NAE_ERA_R-46_Metsade_Keskvalitsus, lk 4
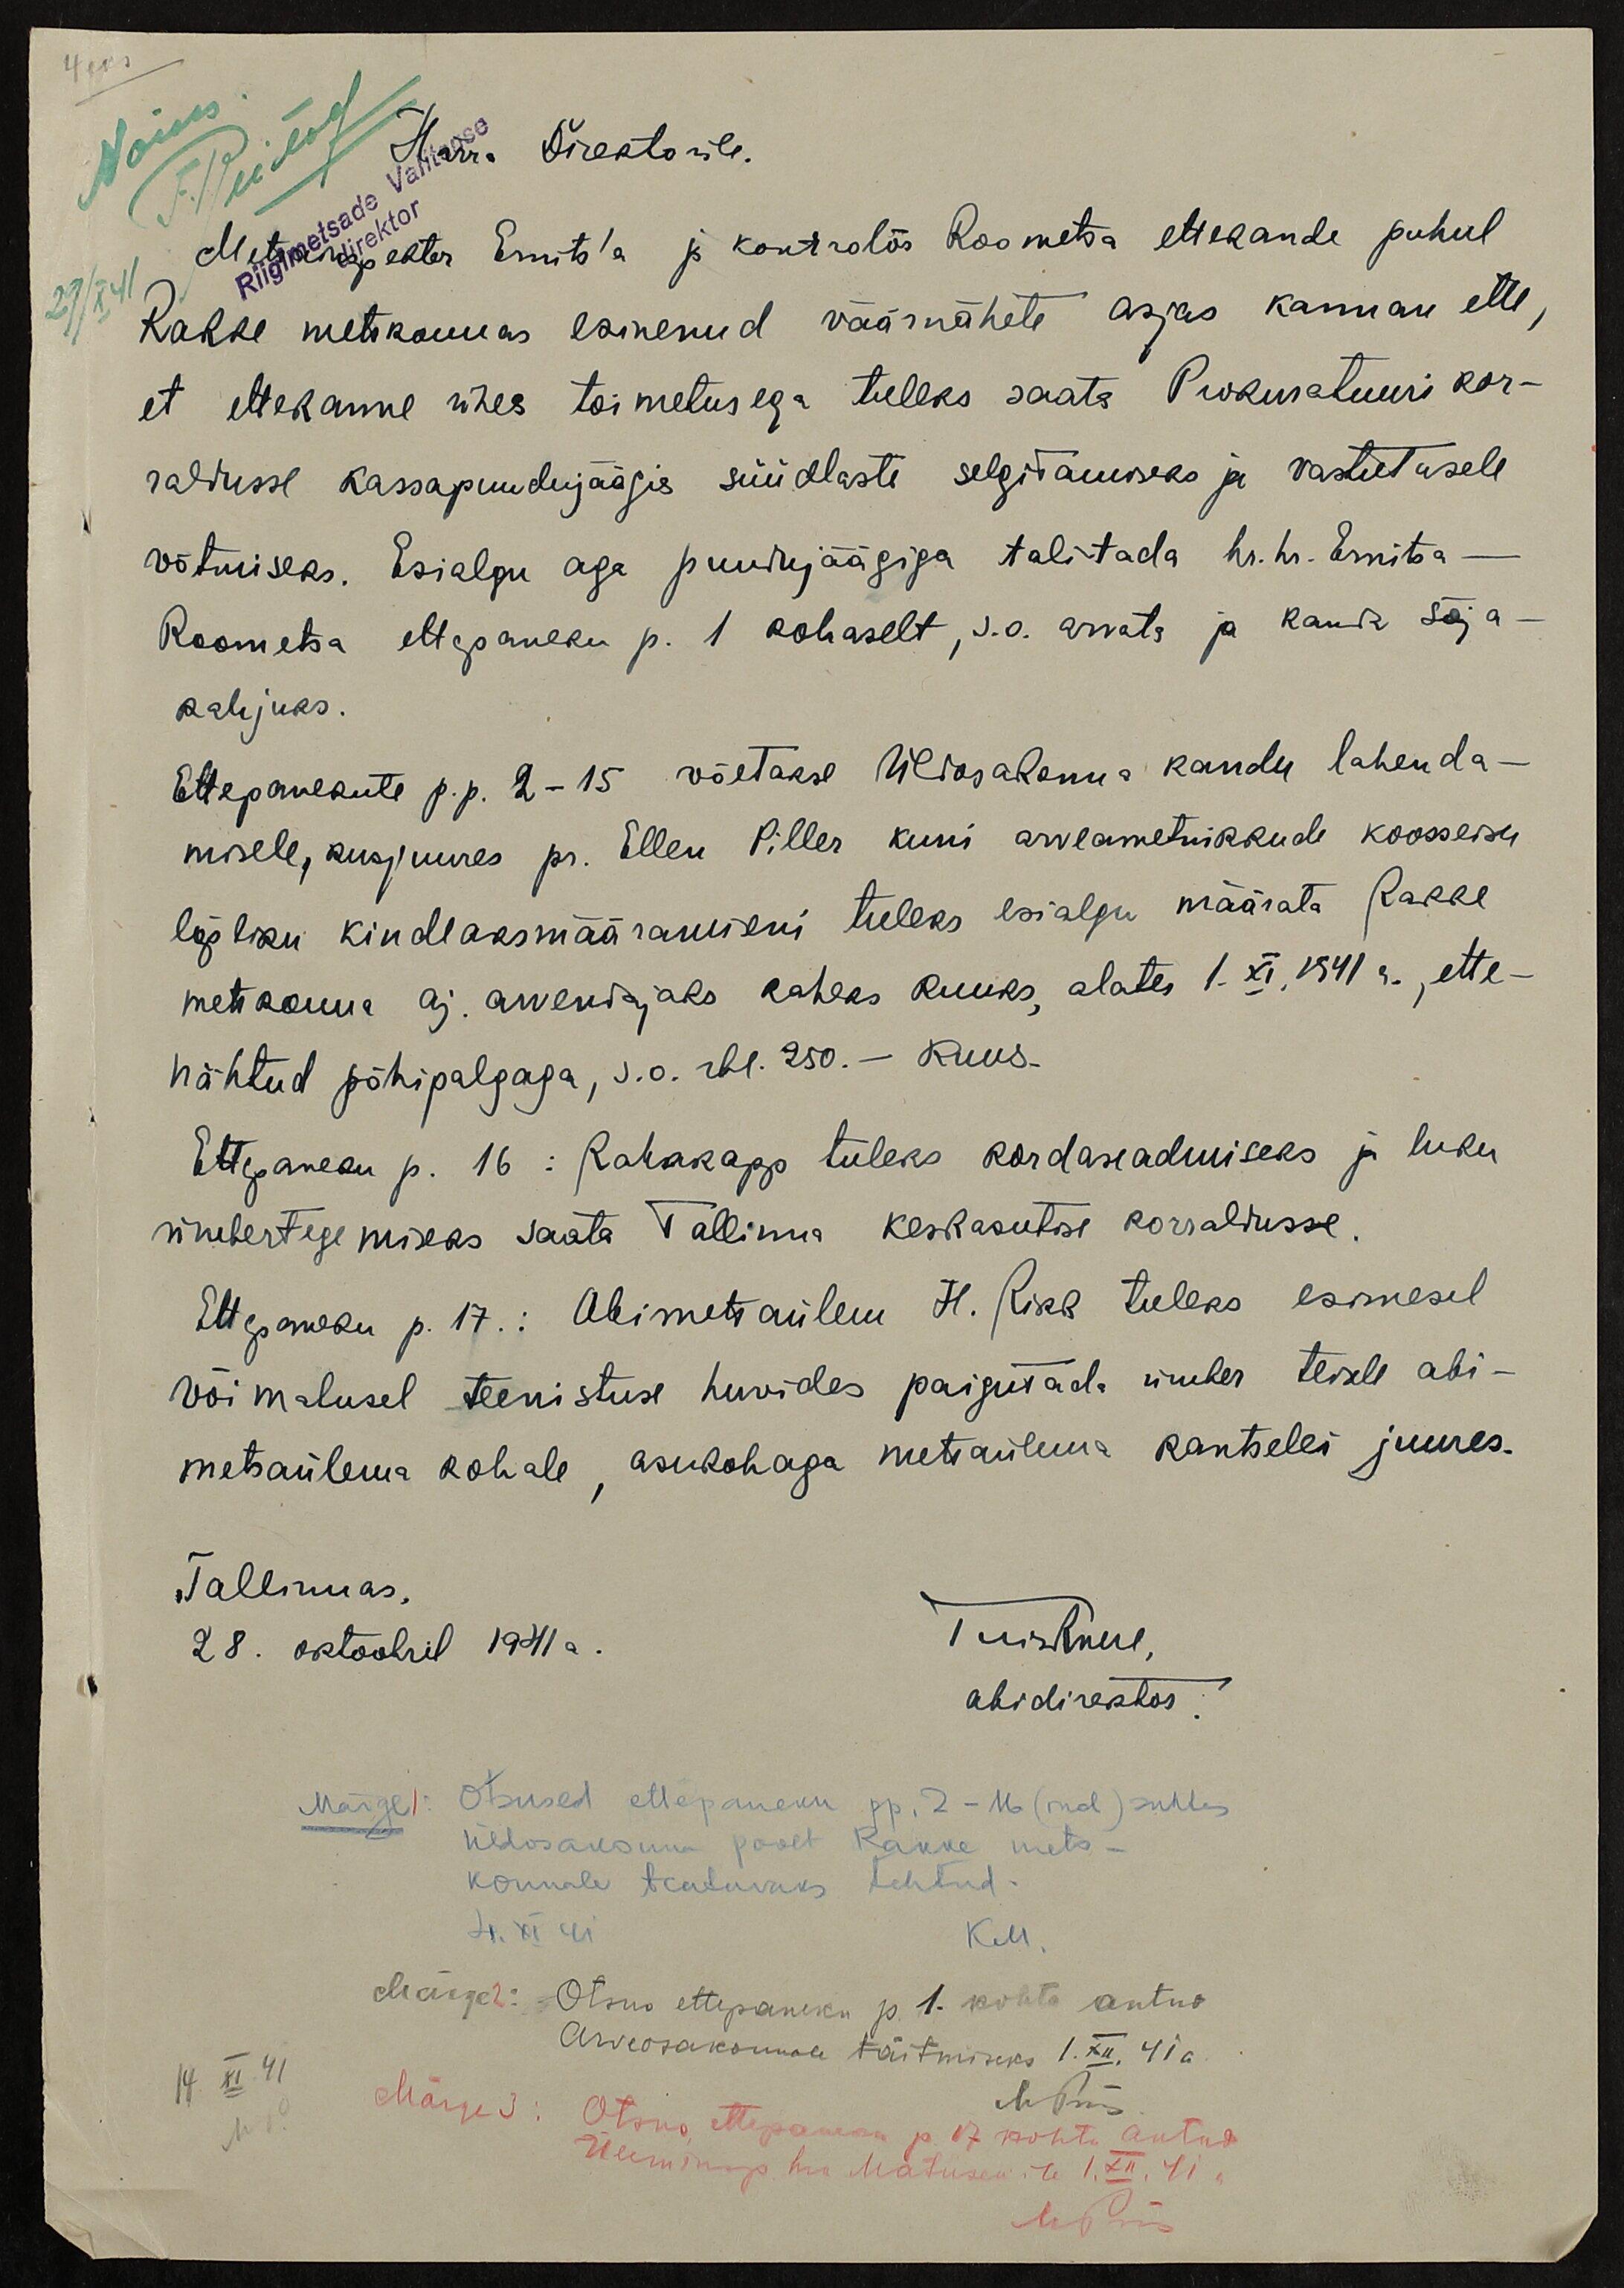
Nõus.
Härra Direktorile.
Riigimetsade Valitsus
direktor
29/X 41
Metsainspektor Ernits'a ja kontrolör Roometsa ettekande puhul
Rakke metskonnas esinenud väärnähete asjas kannan ette,
et ettekanne ühes toimetusega tuleks saata Prokuratuuri kor-
raldusse kassapuudujäägis süüdlaste selgitamiseks ja vastutusele
võtmiseks. Esialgu aga puudujäägiga talitada hr. hr. Ernitsa -
Roometsa ettepaneku p. 1 kohaselt, s.o. arvata ja kanda sõja-
kahjuks.
Ettepanekute p.p. 2-15 võetakse Üldosakonna kaudu lahenda-
misele, kusjuures pr. Ellen Piller kuni arveametnikkude koosseisu
lõpliku kindlaksmääramiseni tuleks esialgu määrata Rakke
metskonna aj. arvendajaks kaheks kuuks, alates 1. XI. 1941 a., ette-
nähtud põhipalgaga, s.o. rbl. 250. - kuus.
Ettepaneku p. 16: Rahakapp tuleks kordaseadmiseks ja luku
ümbertegemiseks saata Tallinna keskasutuse korraldusse.
Ettepaneku p. 17.: Abimetsaülem H. Rikk tuleks esimesel
võimalusel teenistuse huvides paigutada ümber teisele abi-
metsaülema kohale, asukohaga metsaülema kantselei juures.
Tallinnas,
28. oktoobril 1941 a.
abidirektor.
Märge 1: Otsused ettepaneku pp. 2-16 (ind) suhtes
Üldosakonna poolt Rakke mets-
konnale teatavaks tehtud.
4. XI 41
KM.
Märge 2: Otsus ettepaneku p. 1. kohta antud
Arveosakonnale täitmiseks 1. XII. 41 a.
14. XI 41
Märge 3: Otsus ettepaneku p. 17 kohta antud
Üleminsp. hra Matiisen´ile 1 XII.41